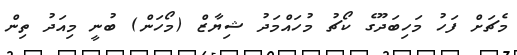
މެޗަށް ފަހު މަހިބަދޫގެ ކޯޗު މުހައްމަދު ޝިޔާޒް (މޯހަން) ބުނީ މިއަދު ތިން